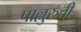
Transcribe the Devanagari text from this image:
पाल्लुरुती